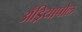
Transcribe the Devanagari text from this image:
अँड्रियापोल